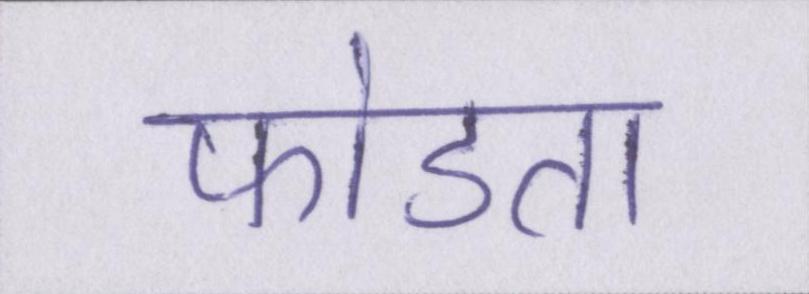
फोडता